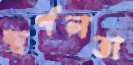
স্বর্ণলতা